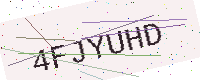
Text: 4FJYUHD